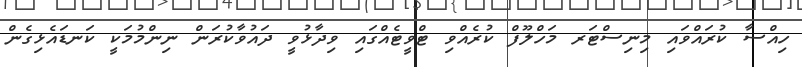
ހިއްސާ ކުރައްވައި މިނިސްޓަރ މަހްލޫފް ކުރެއްވި ޓްވީޓެއްގައި ވިދާޅުވީ ދައުވާކުރަން ނިންމުމަކީ ކަނޑައެޅިގެން